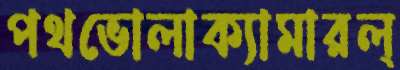
পথভোলাক্যামারল্